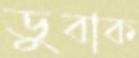
ডুবাক